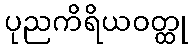
ပုညကိရိယဝတ္ထု